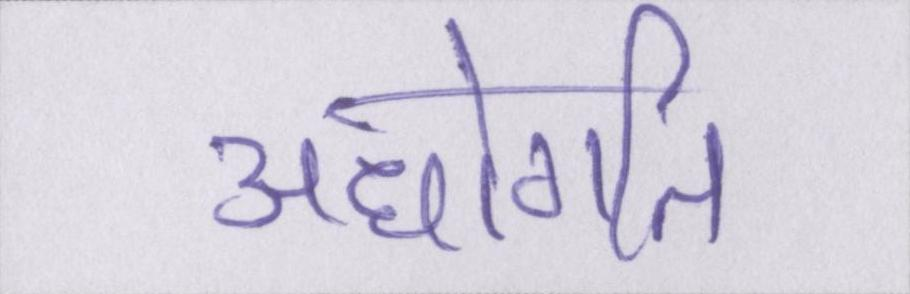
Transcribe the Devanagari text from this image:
अधोगति